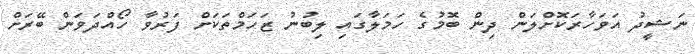
ނަޝީދު އަވަހާރަކޮށްލަން ދިން ބޮމުގެ ހަމަލާގައި ލިބުނު ޒަހަމްތަކަށް ފަރުވާ ހޯއްދަވަން ބޭރަށް